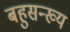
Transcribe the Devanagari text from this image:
बहुसन्ख्य